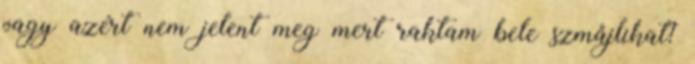
vagy azért nem jelent meg mert raktam bele szmåjlikat?